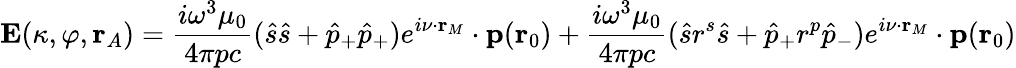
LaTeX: \mathbf{E}(\kappa,\varphi,\mathbf{r}_{A})=\frac{i{\omega}^{3}{\mu_{0}}}{4\pi{p}{c}}(\hat{s}\hat{s}+\hat{p}_{+}\hat{p}_{+})e^{i\mathbf{\nu}\cdot\mathbf{r}_{M}}\cdot\mathbf{p}(\mathbf{r}_{0})+\frac{i{\omega}^{3}{\mu_{0}}}{4\pi{p}{c}}(\hat{s}r^{s}\hat{s}+\hat{p}_{+}r^{p}\hat{p}_{-})e^{i\mathbf{\nu}\cdot\mathbf{r}_{M}}\cdot\mathbf{p}(\mathbf{r}_{0})